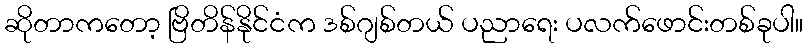
ဆိုတာကတော့ ဗြိတိန်နိုင်ငံက ဒစ်ဂျစ်တယ် ပညာရေး ပလက်ဖောင်းတစ်ခုပါ။